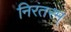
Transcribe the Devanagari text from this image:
निरंतरम्‌